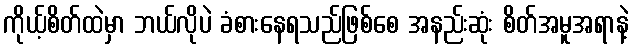
ကိုယ့်စိတ်ထဲမှာ ဘယ်လိုပဲ ခံစားနေရသည်ဖြစ်စေ အနည်းဆုံး စိတ်အမူအရာနဲ့